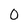
Character: 0